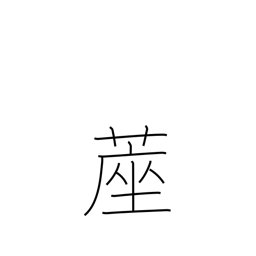
Meaning: matting